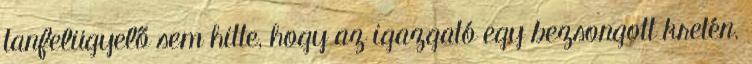
tanfelügyelő sem hitte, hogy az igazgató egy bezsongott kretén.